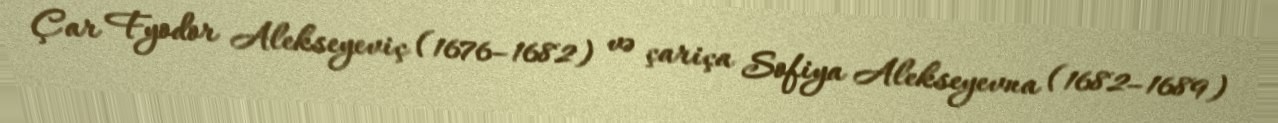
Çar Fyodor Alekseyeviç (1676–1682) və çariça Sofiya Alekseyevna (1682–1689)